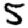
Digit: 5